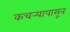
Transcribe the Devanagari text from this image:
कचर्‍यापासून